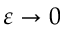
\varepsilon \to 0